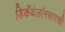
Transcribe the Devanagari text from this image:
डिकॅथेलॉनसारखी